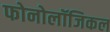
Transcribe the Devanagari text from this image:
फोनोलॉजिकल